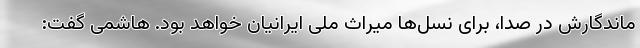
ماندگارش در صدا، برای نسل‌ها میراث ملی ایرانیان خواهد بود. هاشمی گفت: